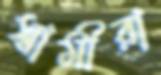
স্বামীরা